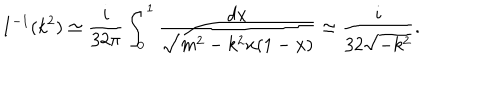
I ^ { - 1 } ( k ^ { 2 } ) \simeq \frac { i } { 3 2 \pi } \int _ { 0 } ^ { 1 } \frac { d x } { \sqrt { m ^ { 2 } - k ^ { 2 } x ( 1 - x ) } } \simeq \frac { i } { 3 2 \sqrt { - k ^ { 2 } } } .